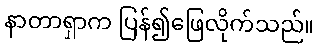
နာတာရှာက ပြန်၍ဖြေလိုက်သည်။